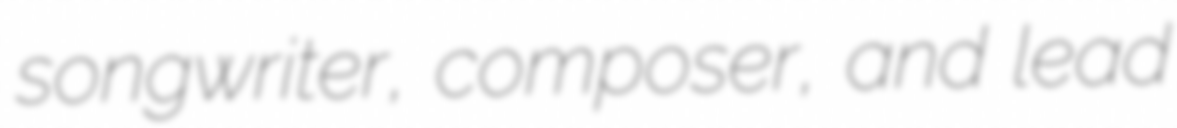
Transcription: songwriter, composer, and lead